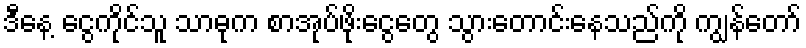
ဒီနေ့ ငွေကိုင်သူ သာဓုက စာအုပ်ဖိုးငွေတွေ သွားတောင်းနေသည်ကို ကျွန်တော်